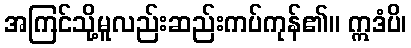
အကြင်သို့မူလည်းဆည်းကပ်ကုန်၏။ ဣဒံပိ၊